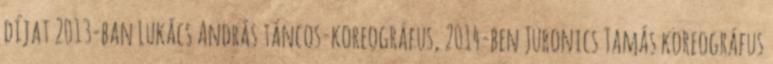
díjat 2013-ban Lukács András táncos-koreográfus, 2014-ben Juronics Tamás koreográfus